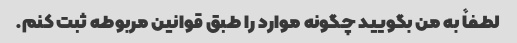
لطفاً به من بگویید چگونه موارد را طبق قوانین مربوطه ثبت کنم.